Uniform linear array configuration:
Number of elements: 4
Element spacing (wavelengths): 0.25
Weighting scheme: blackman
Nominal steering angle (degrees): -45
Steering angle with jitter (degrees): -45.062
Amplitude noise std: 0.05
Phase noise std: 0.05

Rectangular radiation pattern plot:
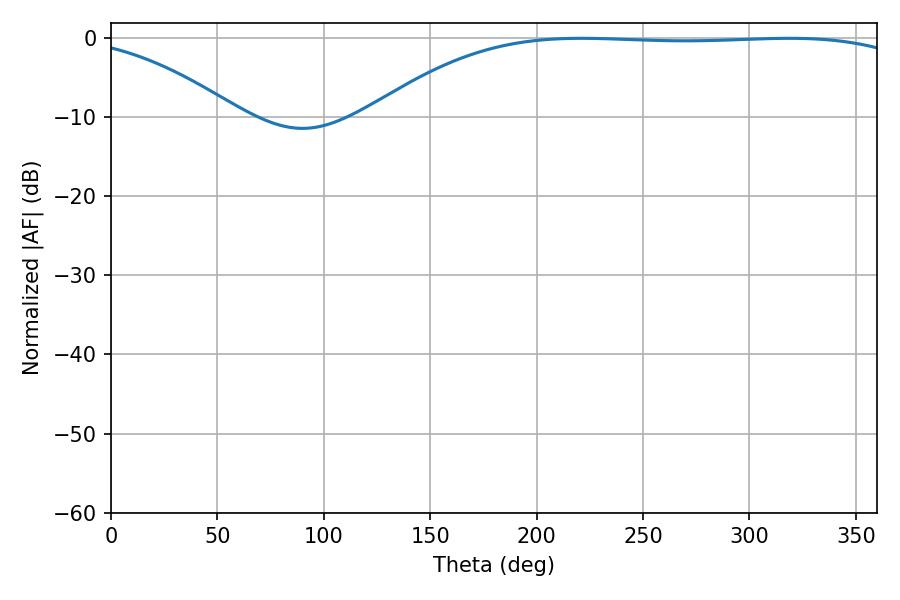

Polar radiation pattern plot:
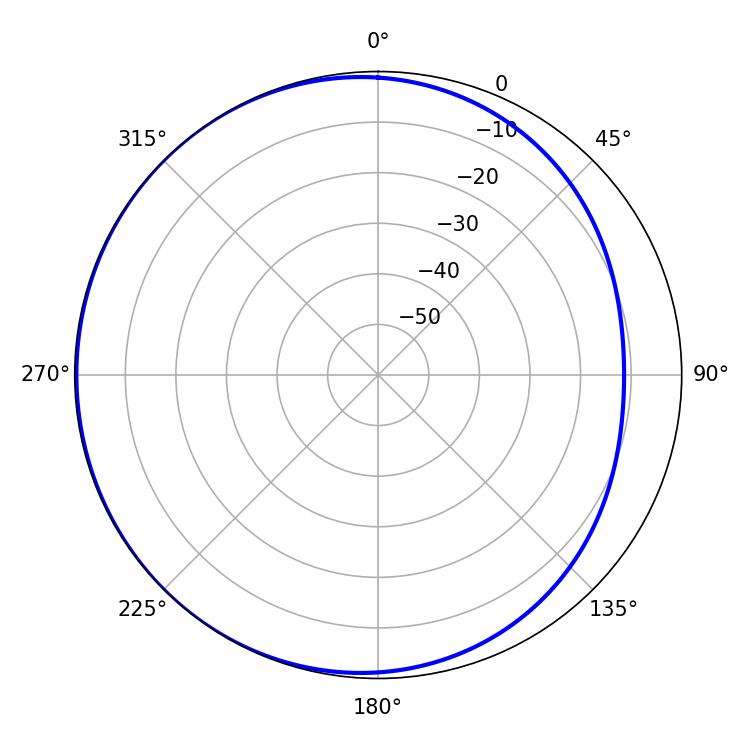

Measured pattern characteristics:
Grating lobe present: FALSE
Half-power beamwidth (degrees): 199.98
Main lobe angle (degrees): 221.04